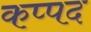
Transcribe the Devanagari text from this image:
कप्पद